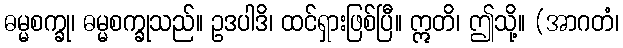
ဓမ္မစက္ခု၊ ဓမ္မစက္ခုသည်။ ဥဒပါဒိ၊ ထင်ရှားဖြစ်ပြီ။ ဣတိ၊ ဤသို့။ (အာဂတံ၊